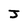
Character: J